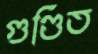
গুণ্ডিত